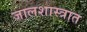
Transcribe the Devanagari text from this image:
जालशास्त्रात